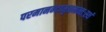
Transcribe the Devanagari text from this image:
परमानन्दामृतमन्तःस्थं